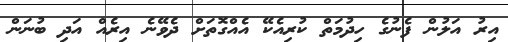
އިރު އަލުން ފެނުގެ ހިދުމަތް ކުރިއެކޭ އެއްގޮތަށް ދެވޭނެ އިރެއް އަދި ބުނަން